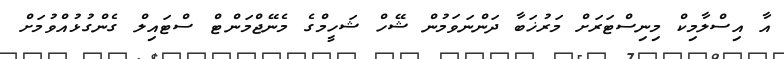
އާ އިސްލާމިކް މިނިސްޓަރަށް މަރުޚަބާ ދަންނަވަމުން ޝޭހް ޝަހީމްގެ މެނޭޖްމަންޓް ސްޓައިލް ގެންގުޅުއްވުމަށް